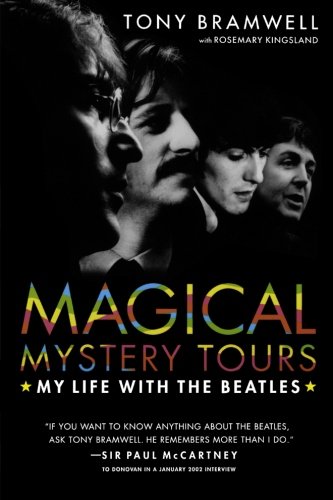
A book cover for Magical Mystery Tours: My Life with the Beatles; Tony Bramwell; Humor & Entertainment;